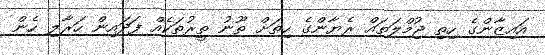
އައިޒާންގެ ހިތި ޖުމްލަތައް ރެޔާންގެ ހިތަށް ތޫނު ތީރުތަކެއް ފަދައިން ހަރާލި ހެން